Lunatic asylums Bombay report 1878-1890 - 1878-1890
Year: 1878
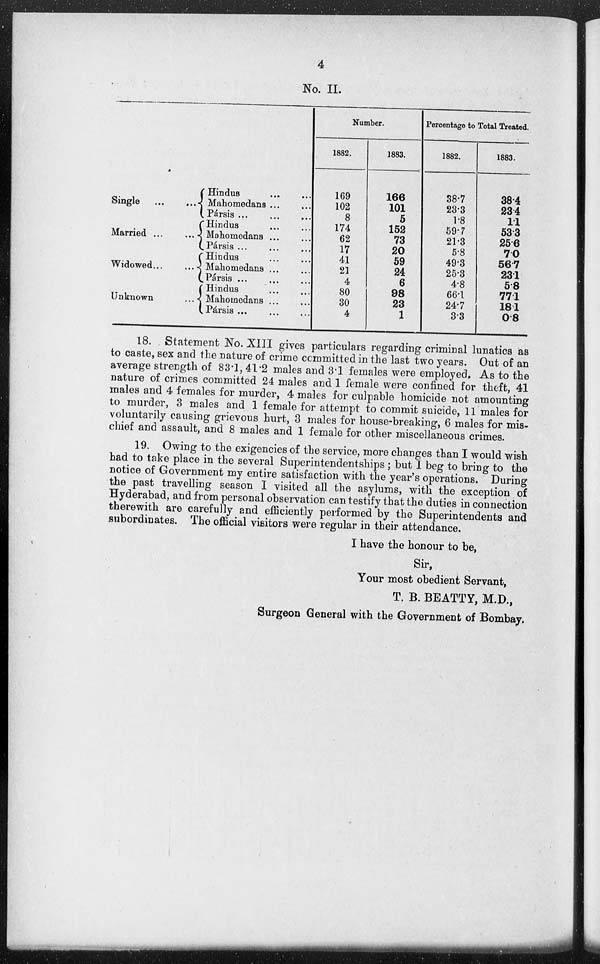
4
No. II.
Single ... ...
Married ... ...
Widowed ... ...
Unknown ...
Hindus ... ...
Mahomedans ... ...
Pársis ...
...
...
Hindus ... ...
Mahomedans ... ...
Pársis ... ... ...
Hindus
...
...
Mahomedans ... ...
Pársis ...
...
...
Hindus ... ...
Mahomedans ... ...
Pársis ... ... ...
Number.
1882.
169
102
8
174
62
17
41
21
4
80
30
4
1883.
166
101
5
152
73
20
59
24
6
98
23
1
Percentage to Total Treated.
1882.
38.7
23.3
1.8
59.7
21.3
5.8
49.3
25.3
4.8
66.1
24.7
3.3
1883.
38.4
23.4
1.1
53.3
25.6
7.0
56.7
23.1
5.8
77.1
18.1
0.8
18. Statement No. XIII gives particulars regarding criminal lunatics as
to caste, sex and the nature of crime committed in the last two years. Out of an
average strength of 83.1, 41.2 males and 3.1 females were employed. As to the
nature of crimes committed 24 males and 1 female were confined for theft, 41
males and 4 females for murder, 4 males for culpable homicide not amounting
to murder, 3 males and 1 female for attempt to commit suicide, 11 males for
voluntarily causing grievous hurt, 3 males for house-breaking, 6 males for mis-
chief and assault, and 8 males and 1 female for other miscellaneous crimes.
19. Owing to the exigencies of the service, more changes than I would wish
had to take place in the several Superintendentships; but I beg to bring to the
notice of Government my entire satisfaction with the year's operations. During
the past travelling season I visited all the asylums, with the exception of
Hyderabad, and from personal observation can testify that the duties in connection
therewith are carefully and efficiently performed by the Superintendents and
subordinates. The official visitors were regular in their attendance.
I have the honour to be,
Sir,
Your most obedient Servant,
T. B. BEATTY, M.D.,
Surgeon General with the Government of Bombay.